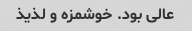
عالی بود. خوشمزه و لذیذ